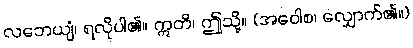
လဘေယျံ၊ ရလိုပါ၏။ ဣတိ၊ ဤသို့။ (အဝေါစ၊ လျှောက်၏။)